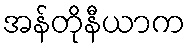
အန်တိုနီယာက